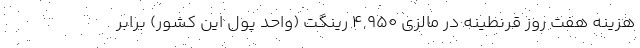
هزینه هفت روز قرنطینه در مالزی ۴,۹۵۰ رینگت (واحد پول این کشور) برابر